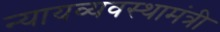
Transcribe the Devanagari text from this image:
न्यायव्यवस्थामंत्री